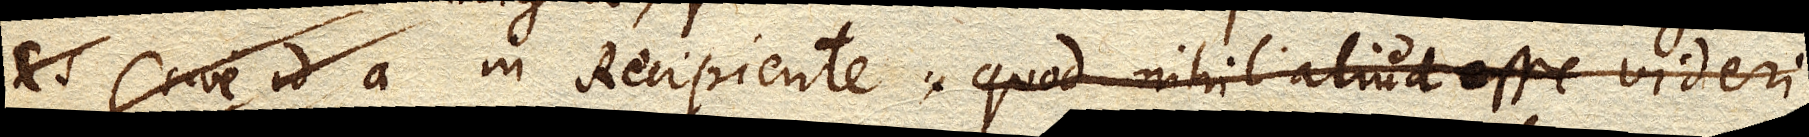
in Recipiente, quod nihil aliud esse videri,